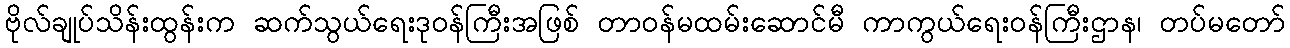
ဗိုလ်ချုပ်သိန်းထွန်းက ဆက်သွယ်ရေးဒုဝန်ကြီးအဖြစ် တာဝန်မထမ်းဆောင်မီ ကာကွယ်ရေးဝန်ကြီးဌာန၊ တပ်မတော်